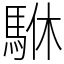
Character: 䮌